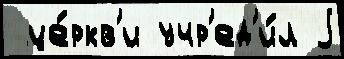
 це́ркв'и учр'ед'и́л j